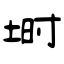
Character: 埘